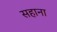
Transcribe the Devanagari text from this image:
सहाना